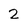
Character: 2